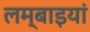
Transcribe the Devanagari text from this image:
लम्बाइयां